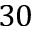
3 0